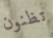
تظنون